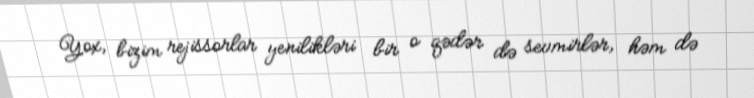
Yox, bizim rejissorlar yenilikləri bir o qədər də sevmirlər, həm də